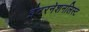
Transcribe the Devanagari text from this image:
इंटरनेशनलिस्ट